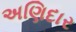
અણિદાર